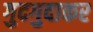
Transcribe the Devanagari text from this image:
गुदगुदाकर